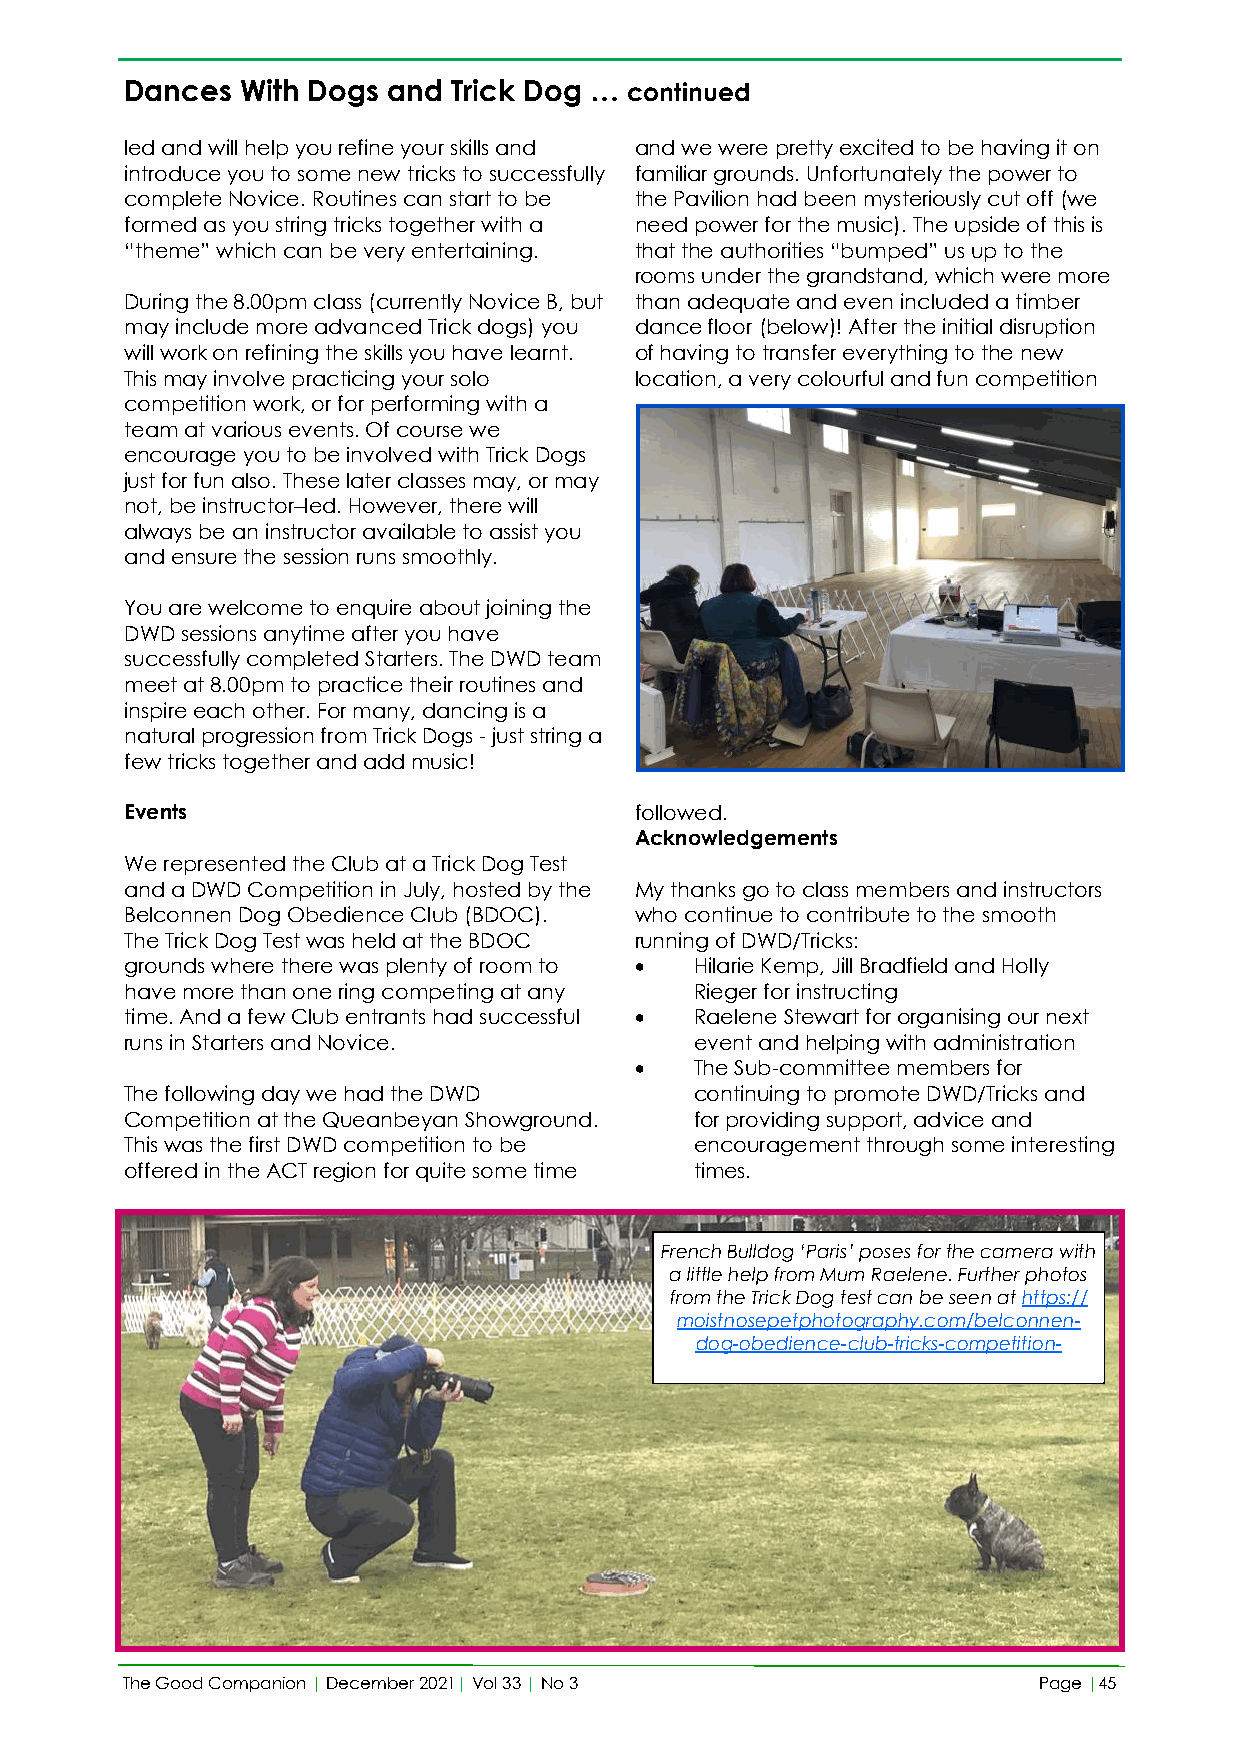
Dances  With Dogs and Trick Dog … continued
 led and will help you refine your skills and and we were pretty excited to be having it on
 introduce you to some new tricks to successfully familiar grounds. Unfortunately the power to
 complete Novice. Routines can start to be the Pavilion had been mysteriously cut off (we
 formed as you string tricks together with a need power for the music). The upside of this is
 “theme” which can be very entertaining. that the authorities “bumped” us up to the
 rooms under the grandstand, which were more
 During the 8.00pm class (currently Novice B, but than adequate and even included a timber
 may include more advanced Trick dogs) you dance floor (below)! After the initial disruption
 will work on refining the skills you have learnt. of having to transfer everything to the new
 This may involve practicing your solo location, a very colourful and fun competition
 competition work, or for performing with a
 team at various events. Of course we
 encourage you to be involved with Trick Dogs
 just for fun also. These later classes may, or may
 not, be instructor–led. However, there will
 always be an instructor available to assist you
 and ensure the session runs smoothly.
 You are welcome to enquire about joining the
 DWD sessions anytime after you have
 successfully completed Starters. The DWD team
 meet at 8.00pm to practice their routines and
 inspire each other. For many, dancing is a
 natural progression from Trick Dogs - just string a
 few tricks together and add music!
 Events                            followed.
 Acknowledgements
 We represented the Club at a Trick Dog Test
 and a DWD Competition in July, hosted by the My thanks go to class members and instructors
 Belconnen Dog Obedience Club (BDOC). who continue to contribute to the smooth
 The Trick Dog Test was held at the BDOC running of DWD/Tricks:
 grounds where there was plenty of room to • Hilarie Kemp, Jill Bradfield and Holly
 have more than one ring competing at any Rieger for instructing
 time. And a few Club entrants had successful • Raelene Stewart for organising our next
 runs in Starters and Novice.          event and helping with administration
 •   The Sub-committee members for
 The following day we had the DWD      continuing to promote DWD/Tricks and
 Competition at the Queanbeyan Showground. for providing support, advice and
 This was the first DWD competition to be encouragement through some interesting
 offered in the ACT region for quite some time times.
 French Bulldog ‘Paris’ poses for the camera with
 a little help from Mum Raelene. Further photos
 from the Trick Dog test can be seen at https://
 moistnosepetphotography.com/belconnen-
 dog-obedience-club-tricks-competition-
 The Good Companion | December 2021| Vol 33 | No 3            Page |45